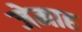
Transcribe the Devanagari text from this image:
जेमाह